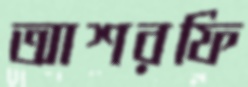
আশরফি